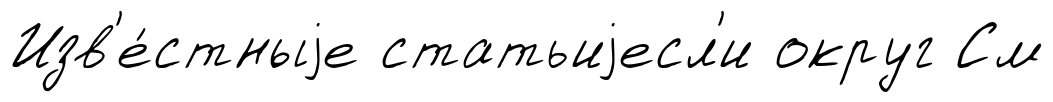
Изв'е́стныjе статьиjесл'и округ См